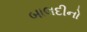
બાલદીનો